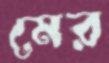
মের